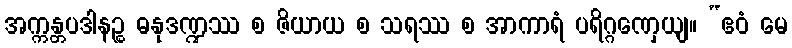
အက္ကန္တပဒါနဉ္စ ဓနုဒဏ္ဍဿ စ ဇိယာယ စ သရဿ စ အာကာရံ ပရိဂ္ဂဏှေယျ။ “ဧဝံ မေ